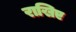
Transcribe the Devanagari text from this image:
राखिए